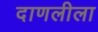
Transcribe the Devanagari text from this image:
दाणलीला